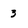
Character: 3